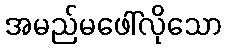
အမည်မဖေါ်လိုသော